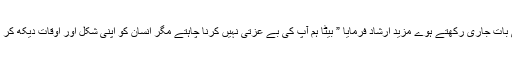
خیر انکل نے اپنی بات جاری رکھتے ہوے مزید ارشاد فرمایا ” بیٹا ہم آپ کی بے عزتی نہیں کرنا چاہتے مگر انسان کو اپنی شکل اور اوقات دیکھ کر بات کرنی چاہیے۔